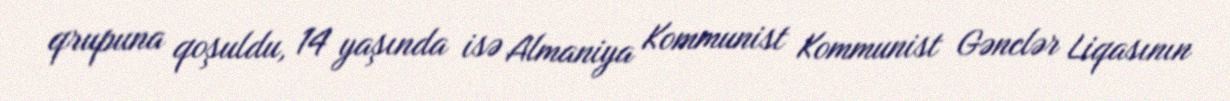
qrupuna qoşuldu, 14 yaşında isə Almaniya Kommunist Kommunist Gənclər Liqasının